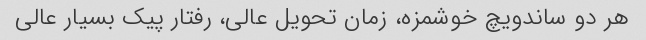
هر دو ساندویچ خوشمزه، زمان تحویل عالی، رفتار پیک بسیار عالی